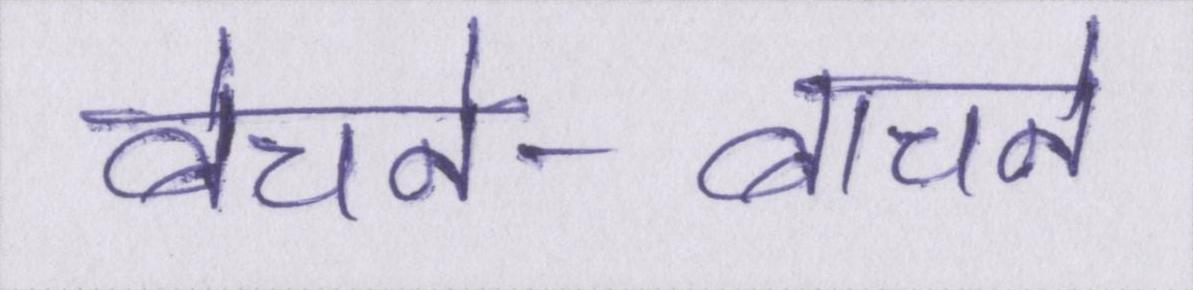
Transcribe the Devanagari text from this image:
बेचने-बाचने